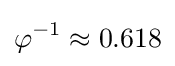
\varphi ^{-1}\approx 0.618